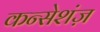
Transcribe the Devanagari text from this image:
कन्सेशंज़